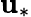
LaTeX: \mathbf{u}_{*}